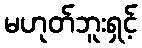
မဟုတ်ဘူးရှင့်